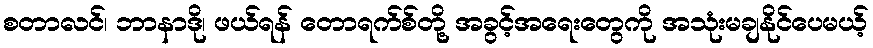
စတာလင်၊ ဘာနာဒို၊ ဖယ်ရန် တောရက်စ်တို့ အခွင့်အရေးတွေကို အသုံးမချနိုင်ပေမယ့်